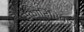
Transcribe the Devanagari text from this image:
स्कारिस्ब्रिक